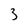
Character: 3